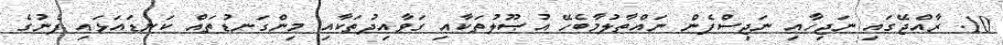
10. ރާއްޖޭގައި ނަޖިހާއި ނަޖިސްފެން ނައްތާލުމާބެހޭ އުޞޫލުތަކާއި ގަވާއިދުތަކާއި މިންގަނޑުތައް ކަނޑައަޅައި ފެނުގެ